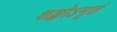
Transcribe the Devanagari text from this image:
शङ्खोऽमृतं